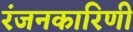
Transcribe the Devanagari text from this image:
रंजनकारिणी